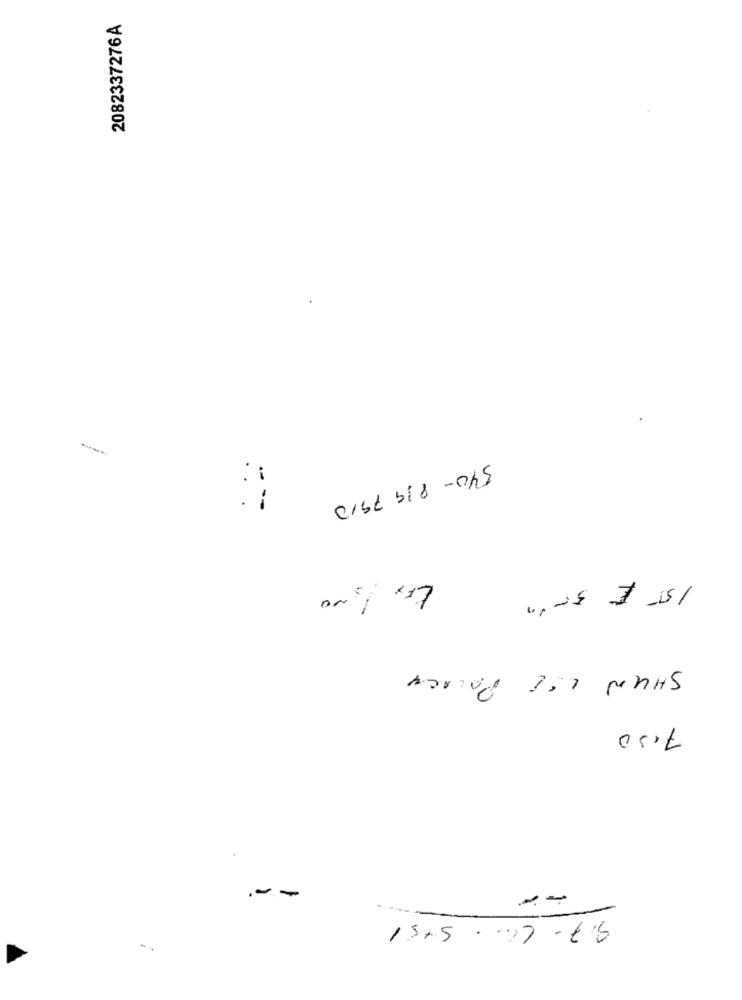
2082337276 A
::
540-839 7910
. :
-
SHUN ISE POLACY
7.50
--
15+5 .7-15